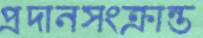
প্রদানসংক্রান্ত